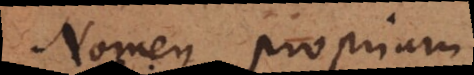
Nomen proprium